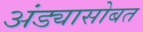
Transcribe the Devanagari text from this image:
अंड्यासोबत